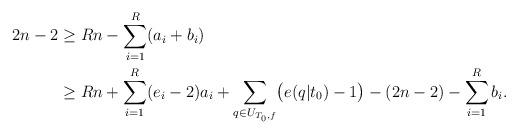
LaTeX: \begin{align*} 2n -2 & \geq Rn - \sum_{i=1}^R(a_i+b_i) \\& \geq Rn + \sum_{i=1}^R(e_{i}-2)a_i + \sum_{q\in U_{T_0,f}}\bigl(e(q|t_0)-1\bigr) - (2n-2) - \sum_{i=1}^Rb_i.\end{align*}